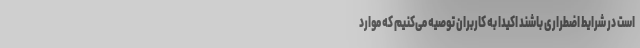
است در شرایط اضطراری باشند اکیدا به کاربران توصیه می‌کنیم که موارد